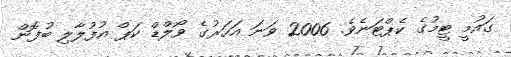
ގައުމީ ޓީމުގެ ކެޕްޓަނެވެ. 2006 ވަނަ އަހަރުގެ ވޯލްޑް ކަޕް އުފުލާލި ބުފޮން